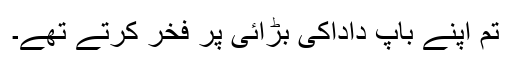
تم اپنے باپ داداکی بڑائی پر فخر کرتے تھے۔